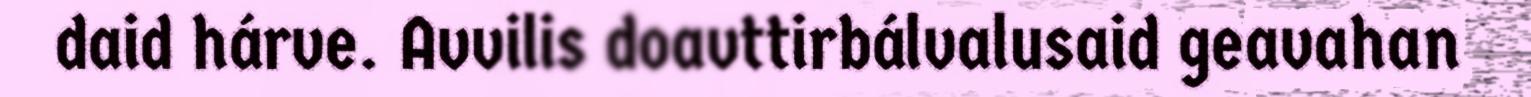
daid hárve. Avvilis doavttirbálvalusaid geavahan